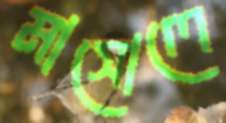
মাসোলে